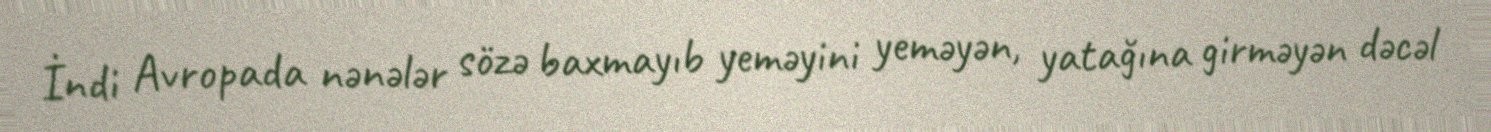
İndi Avropada nənələr sözə baxmayıb yeməyini yeməyən, yatağına girməyən dəcəl